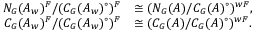
\begin{array} { r l } { N _ { G } ( A _ { w } ) ^ { F } / ( C _ { G } ( A _ { w } ) ^ { \circ } ) ^ { F } } & { \cong ( N _ { G } ( A ) / C _ { G } ( A ) ^ { \circ } ) ^ { w F } , } \\ { C _ { G } ( A _ { w } ) ^ { F } / ( C _ { G } ( A _ { w } ) ^ { \circ } ) ^ { F } } & { \cong ( C _ { G } ( A ) / C _ { G } ( A ) ^ { \circ } ) ^ { w F } . } \end{array}